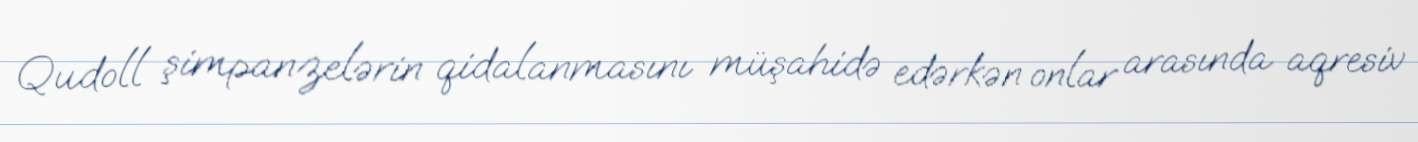
Qudoll şimpanzelərin qidalanmasını müşahidə edərkən onlar arasında aqresiv